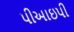
પીઆઇપી